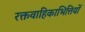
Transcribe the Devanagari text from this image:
रक्तवाहिकाभित्तियों